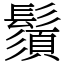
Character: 鬚